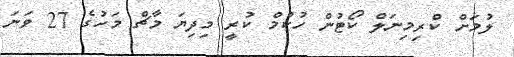
ލުމަށް ކްރިމިނަލް ކޯޓުން ހުކުމް ކުރީ މިދިޔަ މާޗް މަހުގެ 27 ވަނަ